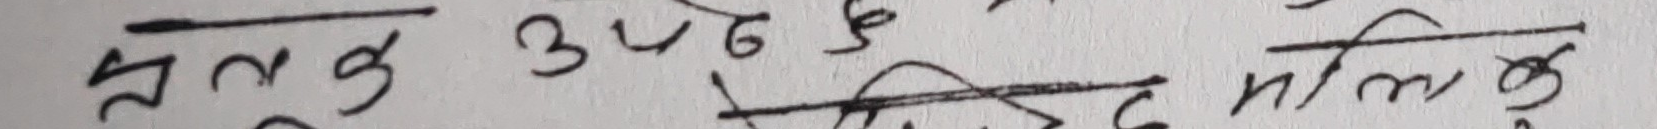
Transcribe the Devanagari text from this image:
प्रत्येक उपठ मलिकु